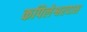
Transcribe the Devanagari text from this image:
कपिलेश्वरदास